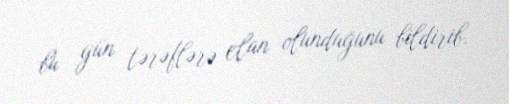
bu gün tərəflərə elan olunduğunu bildirib.